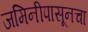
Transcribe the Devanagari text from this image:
जमिनीपासूनचा